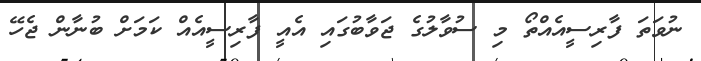
ނުވަތަ ފާރިސީއެއްތޯ މި ސުވާލުގެ ޖަވާބުގައި އެއީ ފާރިސީއެއް ކަމަށް ބުނާން ޖެހޭ